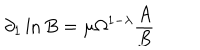
\partial _ { 1 } \ln B = \mu \Omega ^ { 1 - \lambda } \frac { A } { B }